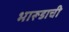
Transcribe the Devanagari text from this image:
भारूडाची